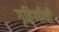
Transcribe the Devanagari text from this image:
गृहिणीची